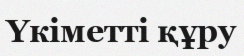
Үкіметті құру